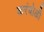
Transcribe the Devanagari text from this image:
करंबोळी